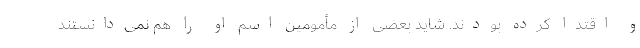
و اقتدا کرده بودند. شاید بعضی از مأمومین اسم او را هم نمی‌دانستند